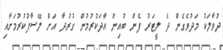
ދުވާލަކު މަދުވެގެން ދެ ލީޓަރު ފެން ބުއިން އާދަކުރުމުން ގުރުދާ އަށް ލޭސާފުކުރުމަށާއި